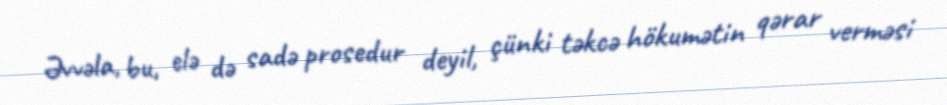
Əvvəla, bu, elə də sadə prosedur deyil, çünki təkcə hökumətin qərar verməsi